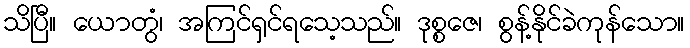
သိပြီ။ ယောတွံ၊ အကြင်ရှင်ရသေ့သည်။ ဒုစ္စဇေ၊ စွန့်နိုင်ခဲကုန်သော။